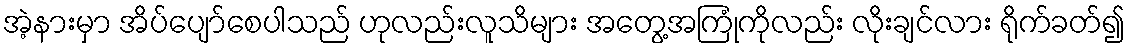
အဲ့နားမှာ အိပ်ပျော်စေပါသည် ဟုလည်းလူသိများ အတွေ့အကြုံကိုလည်း လိုးချင်လား ရိုက်ခတ်၍